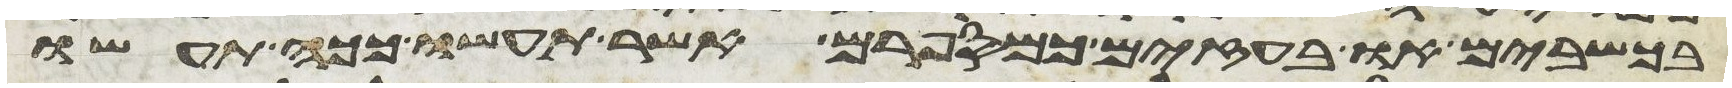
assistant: בכשבים או בעזים כמספרם אשר תעשו ככה תעשו